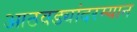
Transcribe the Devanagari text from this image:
आठवड्यांदरम्यान